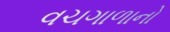
વચગાળાનો